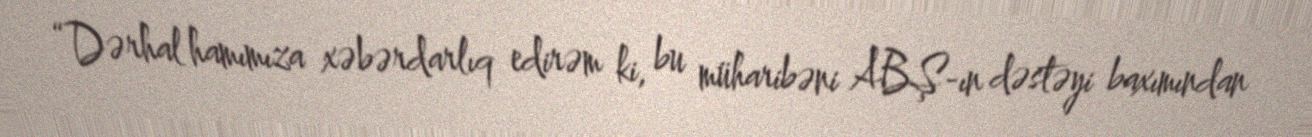
“Dərhal hamımıza xəbərdarlıq edirəm ki, bu müharibəni ABŞ-ın dəstəyi baxımından